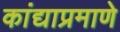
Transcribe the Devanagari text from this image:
कांद्याप्रमाणे